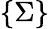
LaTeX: \{ \Sigma\}